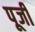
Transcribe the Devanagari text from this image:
पूजीं